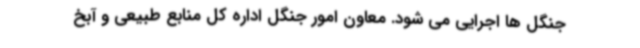
جنگل ها اجرایی می شود. معاون امور جنگل اداره کل منابع طبیعی و آبخ